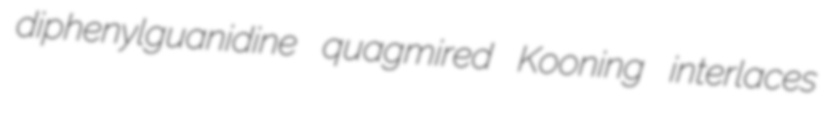
diphenylguanidine quagmired Kooning interlaces